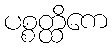
ပစ္စတ္ထိကေ